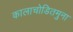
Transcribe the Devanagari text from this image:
कालाचोडितमुना